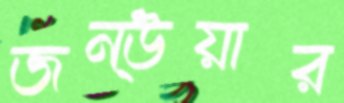
জন্উয়ার